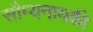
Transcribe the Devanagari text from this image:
सौम्यनायकी